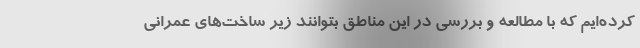
کرده‌ایم که با مطالعه و بررسی در این مناطق بتوانند زیر ساخت‌های عمرانی